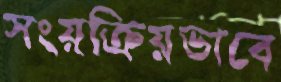
সংয়ক্রিয়ভাবে